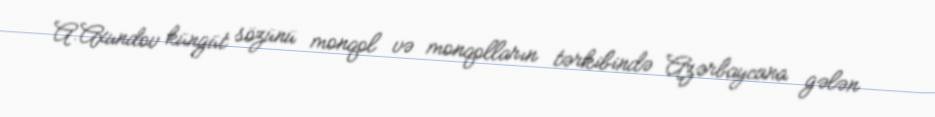
A.Axundov küngüt sözünü monqol və monqolların tərkibində Azərbaycana gələn